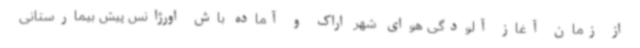
از زمان آغاز آلودگی هوای شهر اراک و آماده باش اورژانس پیش بیمارستانی